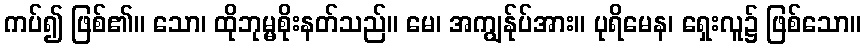
ကပ်၍ ဖြစ်၏။ သော၊ ထိုဘုမ္မစိုးနတ်သည်။ မေ၊ အကျွန်ုပ်အား။ ပုရိမေန၊ ရှေးလူ၌ ဖြစ်သော။